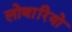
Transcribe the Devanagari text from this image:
लोथारियो